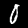
Digit: 0